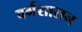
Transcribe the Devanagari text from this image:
वर्गशासन